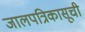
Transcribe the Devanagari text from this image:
जालपत्रिकासूची